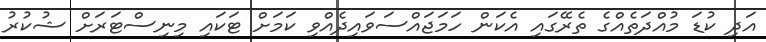
އަދި ކުޑަ މުއްދަތެއްގެ ތެރޭގައި އެކަން ހަމަޖައްސަވައިދެއްވި ކަމަށް ޓަކައި މިނިސްޓަރަށް ޝުކުރު